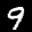
Label: 9